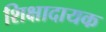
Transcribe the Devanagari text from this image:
शिक्षादायक